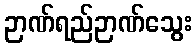
ဉာဏ်ရည်ဉာဏ်သွေး